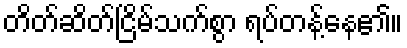
တိတ်ဆိတ်ငြိမ်သက်စွာ ရပ်တန့်နေ၏။